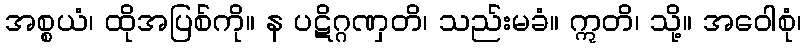
အစ္စယံ၊ ထိုအပြစ်ကို။ န ပဋိဂ္ဂဏှတိ၊ သည်းမခံ။ ဣတိ၊ သို့။ အဝေါစုံ၊